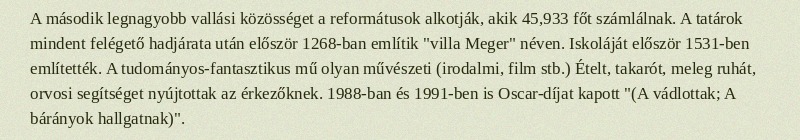
A második legnagyobb vallási közösséget a reformátusok alkotják, akik 45,933 főt számlálnak. A tatárok mindent felégető hadjárata után először 1268-ban említik "villa Meger" néven. Iskoláját először 1531-ben említették. A tudományos-fantasztikus mű olyan művészeti (irodalmi, film stb.) Ételt, takarót, meleg ruhát, orvosi segítséget nyújtottak az érkezőknek. 1988-ban és 1991-ben is Oscar-díjat kapott "(A vádlottak; A bárányok hallgatnak)".